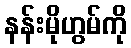
နန်းမိုဟွမ်ကို